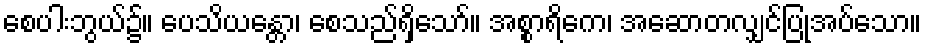
စေပါးဘွယ်၌။ ပေသိယန္တော၊ စေသည်ရှိသော်။ အစ္စာရိကေ၊ အဆောတလျှင်ပြုအပ်သော။